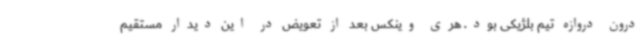
درون دروازه تیم بلژیکی بود. هری وینکس بعد از تعویض در این دیدار مستقیم